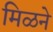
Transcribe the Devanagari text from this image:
मिळने